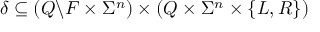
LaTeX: \delta \subseteq \left( Q \backslash F \times \Sigma ^ { n } \right) \times \left( Q \times \Sigma ^ { n } \times \{ L , R \} \right)